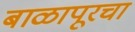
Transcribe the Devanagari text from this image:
बाळापूरचा